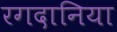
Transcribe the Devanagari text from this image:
रगदानिया